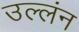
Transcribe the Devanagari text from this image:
उल्लंन